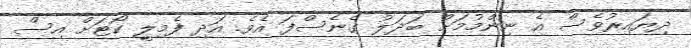
ދިޔައިރުވެސް އެ ނިންމުމަށް ބަދަލު ގެނެސްފަ އެވެ. އަދި ފެމިލީ ކޯޓަށް އިސް